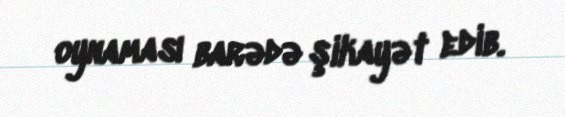
oynaması barədə şikayət edib.